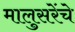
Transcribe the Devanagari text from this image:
मालुसरेंचे